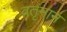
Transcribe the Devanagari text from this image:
वतृमान